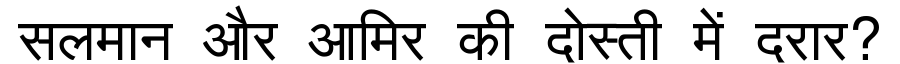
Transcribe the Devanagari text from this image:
सलमान और आमिर की दोस्ती में दरार?